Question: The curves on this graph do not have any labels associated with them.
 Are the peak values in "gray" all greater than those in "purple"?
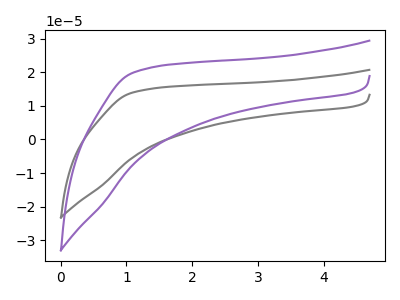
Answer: <think>The gray curve "gray" has no peaks. The purple curve "purple" has no peaks.</think>
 <answer>Niether CV has any peaks.</answer>
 <eval>blanks</eval>